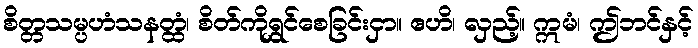
စိတ္တသမ္ပဟံသနတ္ထံ၊ စိတ်ကိုရွှင်စေခြင်းငှာ။ ဧဟိ၊ လှည့်။ ဣမံ၊ ဤဘင်နှင့်